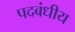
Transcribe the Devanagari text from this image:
पदबंधीय